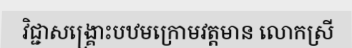
វិជ្ជាសង្គ្រោះបឋមក្រោមវត្តមាន លោកស្រី